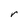
Character: r